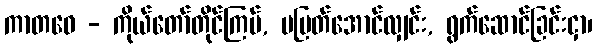
ကာတဝေ - ကိုယ်တော်တိုင်ကြပ်, မပြတ်အောင်လျှင်း, ရွက်ဆောင်ခြင်းငှာ၊